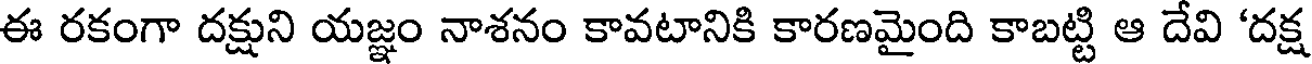
ఈ రకంగా దక్షుని యజ్ఞం నాశనం కావటానికి కారణమైంది కాబట్టి ఆ దేవి 'దక్ష